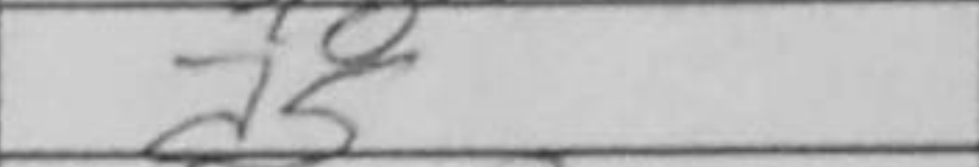
Transcription: a5